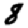
Digit: 8